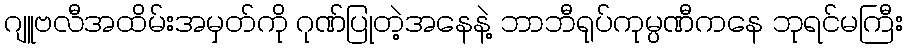
ဂျူဗလီအထိမ်းအမှတ်ကို ဂုဏ်ပြုတဲ့အနေနဲ့ ဘာဘီရုပ်ကုမ္ပဏီကနေ ဘုရင်မကြီး